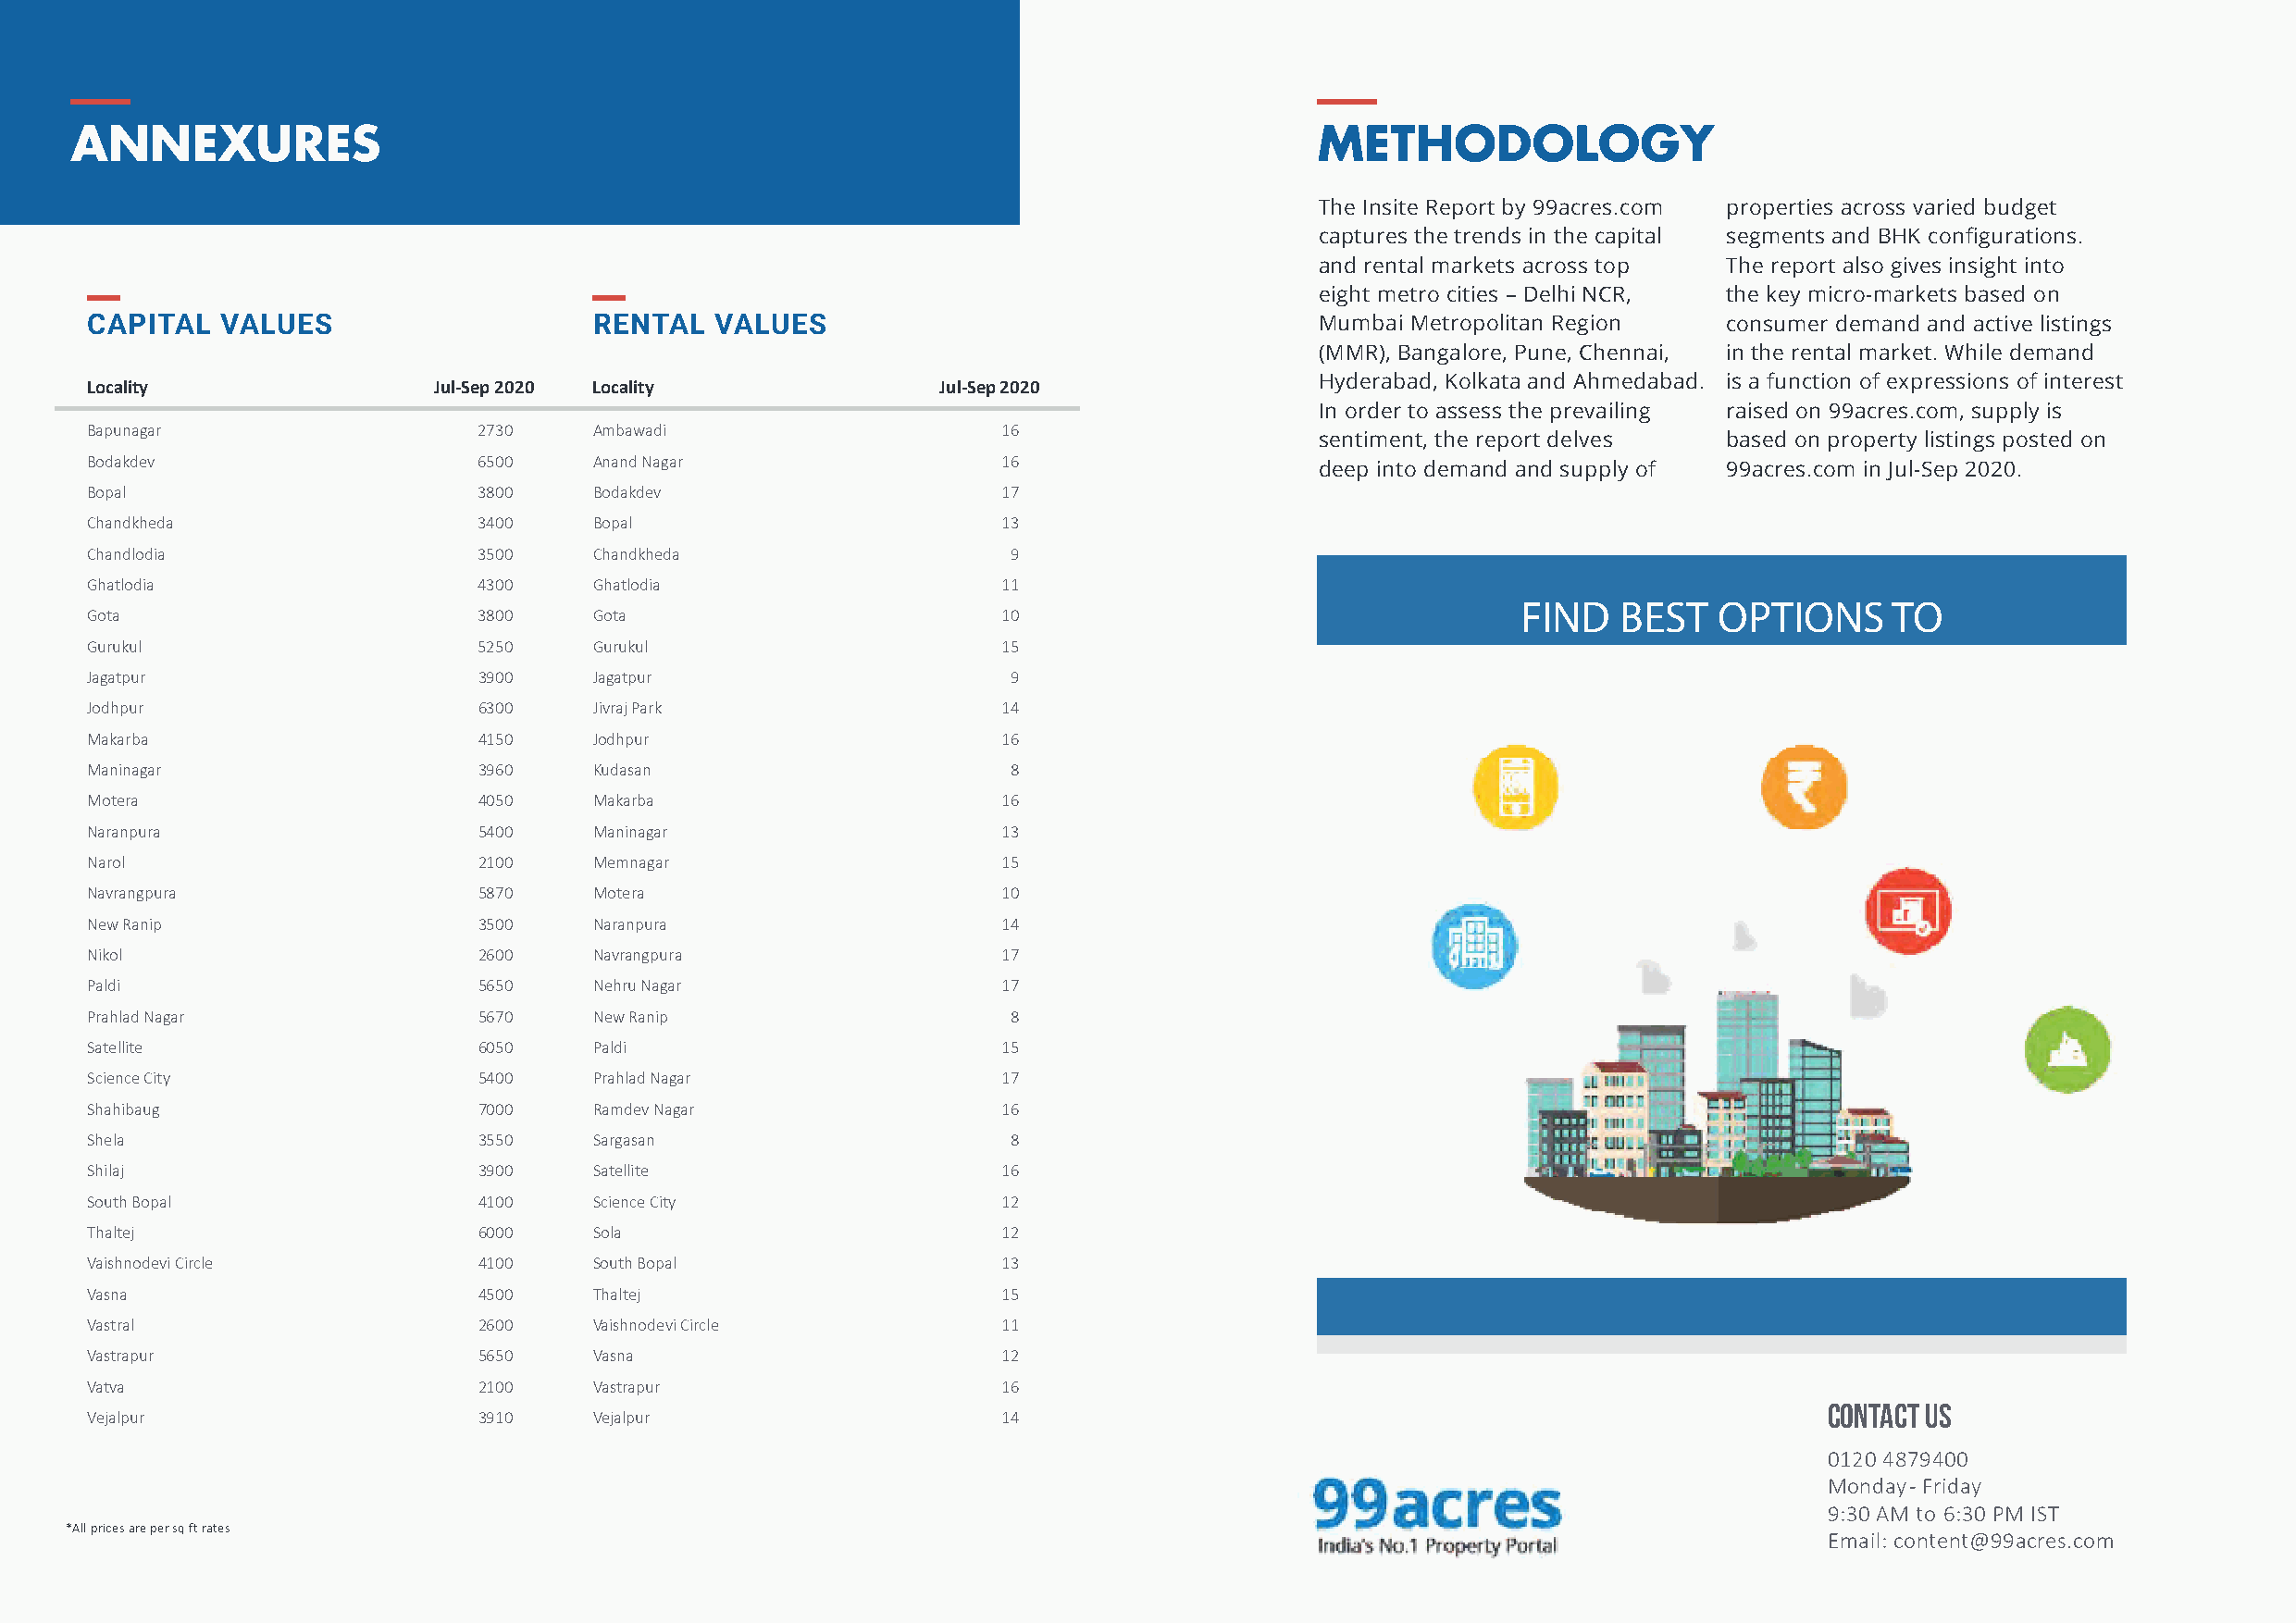
ANNEXURES                                                                                METHODOLOGY
 The Insite Report by 99acres.com properties across varied budget
 captures the trends in the capital segments and BHK configurations.
 and rental markets across top The report also gives insight into
 eight metro cities – Delhi NCR, the key micro-markets based on
 CAPITAL   VALUES                    RENTAL   VALUES                                     Mumbai Metropolitan Region   consumer demand and active listings
 (MMR), Bangalore, Pune, Chennai, in the rental market. While demand
 Hyderabad, Kolkata and Ahmedabad. is a function of expressions of interest
 Locality                 Jul-Sep 2020 Locality               Jul-Sep 2020
 In order to assess the prevailing raised on 99acres.com, supply is
 Bapunagar                   2730    Ambawadi                      16
 sentiment, the report delves based on property listings posted on
 Bodakdev                    6500    Anand Nagar                   16
 deep into demand and supply of 99acres.com in Jul-Sep 2020.
 Bopal                       3800    Bodakdev                      17
 Chandkheda                  3400    Bopal                         13
 Chandlodia                  3500    Chandkheda                    9
 Ghatlodia                   4300    Ghatlodia                     11
 FIND   BEST   OPTIONS     TO
 Gota                        3800    Gota                          10
 Gurukul                     5250    Gurukul                       15
 BUY,     SELL,    RENT     PROPERTY
 Jagatpur                    3900    Jagatpur                      9
 Jodhpur                     6300    Jivraj Park                   14
 Makarba                     4150    Jodhpur                       16
 Maninagar                   3960    Kudasan                       8
 Motera                      4050    Makarba                       16
 Naranpura                   5400    Maninagar                     13
 Narol                       2100    Memnagar                      15
 Navrangpura                 5870    Motera                        10
 New Ranip                   3500    Naranpura                     14
 Nikol                       2600    Navrangpura                   17
 Paldi                       5650    Nehru Nagar                   17
 Prahlad Nagar               5670    New Ranip                     8
 Satellite                   6050    Paldi                         15
 Science City                5400    Prahlad Nagar                 17
 Shahibaug                   7000    Ramdev Nagar                  16
 Shela                       3550    Sargasan                      8
 Shilaj                      3900    Satellite                     16
 South Bopal                 4100    Science City                  12
 Thaltej                     6000    Sola                          12
 Vaishnodevi Circle          4100    South Bopal                   13
 Vasna                       4500    Thaltej                       15
 Vastral                     2600    Vaishnodevi Circle            11
 Vastrapur                   5650    Vasna                         12
 Vatva                       2100    Vastrapur                     16
 CONTACT US
 Vejalpur                    3910    Vejalpur                      14
 0120 4879400
 Monday - Friday
 9:30 AM to 6:30 PM IST
 *All prices are per sq ft rates
 Email: content@99acres.com
 15